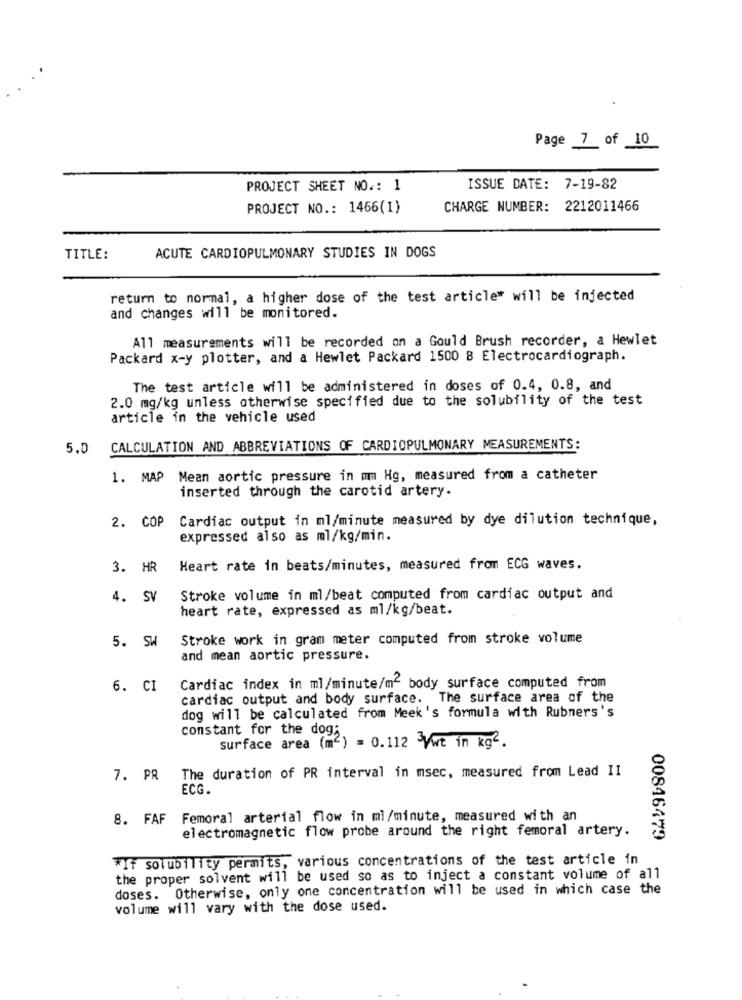
Page 7 of 10
PROJECT SHEET NO .: 1
ISSUE DATE: 7-19-82
PROJECT NO .: 1466(1)
CHARGE NUMBER: 2212011466
TITLE:
ACUTE CARDIOPULMONARY STUDIES IN DOGS
return to normal, a higher dose of the test article" will be injected
and changes will be monitored.
All measurements will be recorded on a Gould Brush recorder, a Hewlet
Packard x-y plotter, and a Hewlet Packard 1500 B Electrocardiogram.
The test article will be administered in doses of 0.4, 0.8, and
2.0 mg/kg unless otherwise specified due to the solubility of the test
article in the vehicle used
5.0 CALCULATION AND ABBREVIATIONS OF CARDIOPULMONARY MEASUREMENTS:
1. MAP Mean aortic pressure in mm Hg, measured from a catheter
inserted through the carotid artery.
2. COP Cardiac output in ml/minute measured by dye dilution technique,
expressed also as ml/kg/min.
3. HR
Heart rate in beats/minutes, measured from ECG waves.
4. SV
Stroke volume in ml/beat computed from cardiac output and
heart rate, expressed as ml/kg/beat.
5. SW
Stroke work in gram meter computed from stroke volume
and mean aortic pressure.
6. CI
Cardiac index in ml/minute/m2 body surface computed from
cardiac output and body surface. The surface area of the
dog will be calculated from Meek's formula with Rubners's
constant for the dog;
surface area (mc) = 0.112 -Vwt in kg2.
7. PR The duration of PR interval in msec, measured from Lead II
ECG.
8. FAF
Femoral arterial flow in ml/minute, measured with an
electromagnetic flow probe around the right femoral artery.
00846479
*If solubility permits, various concentrations of the test article in
the proper solvent will be used so as to inject a constant volume of all
doses. Otherwise, only one concentration will be used in which case the
volume will vary with the dose used.